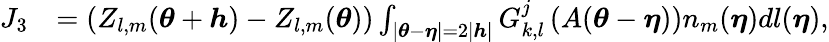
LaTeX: \begin{array}{rl}{J_{3}}&{=(Z_{l,m}({\boldsymbol{\theta}}+{\boldsymbol{h}})-Z_{l,m}({\boldsymbol{\theta}}))\int_{\left\lvert{\boldsymbol{\theta}}-{\boldsymbol{\eta}}\right\rvert=2\left\lvert{\boldsymbol{h}}\right\rvert}G_{k,l}^{j}\left(A({\boldsymbol{\theta}}-{\boldsymbol{\eta}})\right)n_{m}({\boldsymbol{\eta}})dl({\boldsymbol{\eta}}),}\end{array}